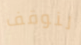
لنوقف